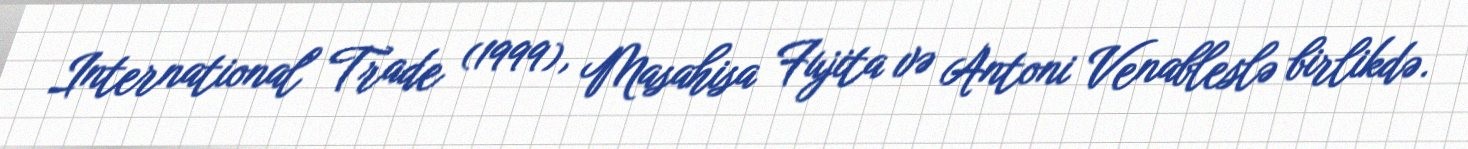
International Trade (1999), Masahisa Fujita və Antoni Venableslə birlikdə.